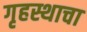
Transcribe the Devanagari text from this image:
गृहस्थाचा